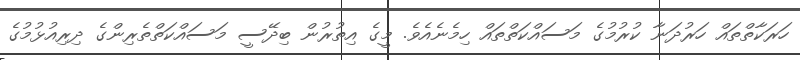
ހަރަކާތްތައް ހަރުދަނާ ކުރުމުގެ މަސައްކަތްތައް ހިމެނެއެވެ. މީގެ އިތުރުން ބިދޭސީ މަސައްކަތްތެރިންގެ ދިރިއުޅުމުގެ